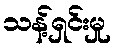
သန့်ရှင်းမှု